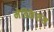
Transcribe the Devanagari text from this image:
मेडिकेशंस